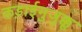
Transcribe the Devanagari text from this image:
कड़ाईमुजुक्कू